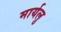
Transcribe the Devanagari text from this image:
मार्यलु